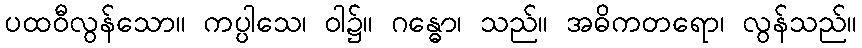
ပထဝီလွန်သော။ ကပ္ပါသေ၊ ဝါ၌။ ဂန္ဓော၊ သည်။ အဓိကတရော၊ လွန်သည်။